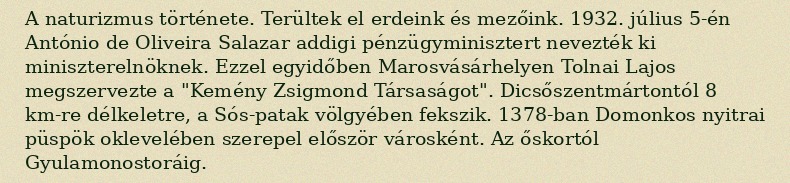
A naturizmus története. Terültek el erdeink és mezőink. 1932. július 5-én António de Oliveira Salazar addigi pénzügyminisztert nevezték ki miniszterelnöknek. Ezzel egyidőben Marosvásárhelyen Tolnai Lajos megszervezte a "Kemény Zsigmond Társaságot". Dicsőszentmártontól 8 km-re délkeletre, a Sós-patak völgyében fekszik. 1378-ban Domonkos nyitrai püspök oklevelében szerepel először városként. Az őskortól Gyulamonostoráig.